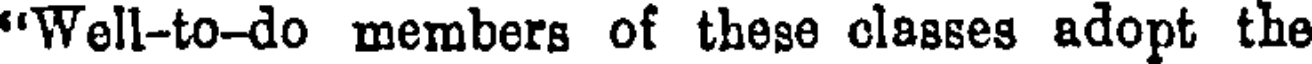
'Well-to-do members of these classes adopt the